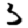
Digit: 3